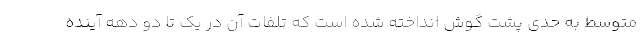
متوسط به حدی پشت گوش انداخته شده است که تلفات آن در یک تا دو دهه آینده